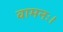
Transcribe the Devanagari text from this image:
वामनः।